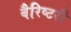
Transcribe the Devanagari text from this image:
बैरिष्टरी